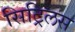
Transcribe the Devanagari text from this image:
सिट्रिलस